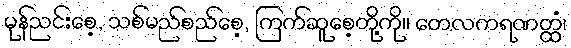
မုန်ညင်းစေ့, သစ်မည်စည်စေ့, ကြက်ဆူစေ့တို့ကို။ တေလကရဏတ္ထံ၊